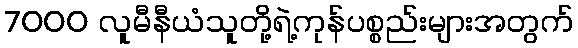
7000 လူမီနီယံသူတို့ရဲ့ကုန်ပစ္စည်းများအတွက်